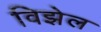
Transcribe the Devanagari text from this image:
विझेल